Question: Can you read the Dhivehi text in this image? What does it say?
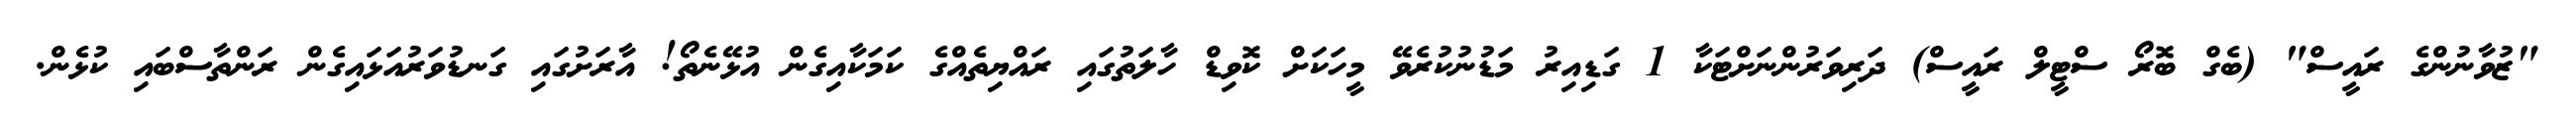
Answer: "ޒުވާނުންގެ ރައީސް" (ބެގް ބޮރޯ ސްޓީލް ރައީސް) ދަރިވަރުންނަށްޓަކާ 1 ގަޑިއިރު މަޑުނުކުރެވޭ މީހަކަށް ކޮވިޑް ހާލަތުގައި ރައްޔިތެއްގެ ކަމަކާއިގެން އުޅޭނެތޯ! އާރަށުގައި ގަނޑުވަރުއަޅައިގެން ރަންތާސްބައި ކުޅެން.